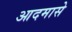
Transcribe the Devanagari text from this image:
आदमासे